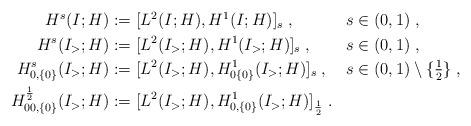
LaTeX: \begin{align*}\begin{aligned}H^{s}(I;H) &:= [L^2(I;H),H^1(I;H)]_{{s}}\;, &&s\in (0,1)\;,\\H^{s}(I_>;H) &:= [L^2(I_>;H),H^1(I_>;H)]_{{s}}\;, &&s\in (0,1)\;,\\H^{s}_{0,\{0\}}(I_>;H) &:= [L^2(I_>;H),H^1_{0\{0\}}(I_>;H)]_{s} \;, &&s\in (0,1)\setminus\{\tfrac12\}\;,\\H^{\frac12}_{00,\{0\}}(I_>;H) &:= [L^2(I_>;H),H^1_{0,\{0\}}(I_>;H)]_{\frac12} \;. && \ \end{aligned}\end{align*}